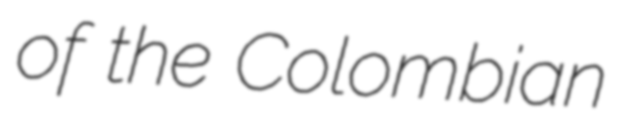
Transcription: of the Colombian